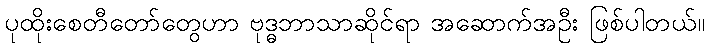
ပုထိုးစေတီတော်တွေဟာ ဗုဒ္ဓဘာသာဆိုင်ရာ အဆောက်အဦး ဖြစ်ပါတယ်။